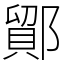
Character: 鄮